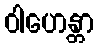
ဝါဟေန္တာ